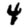
Digit: 4